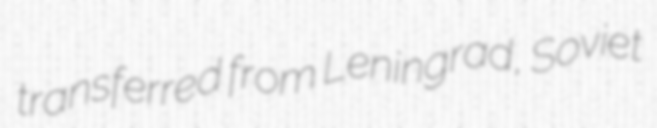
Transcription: transferred from Leningrad, Soviet